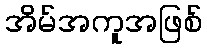
အိမ်အကူအဖြစ်